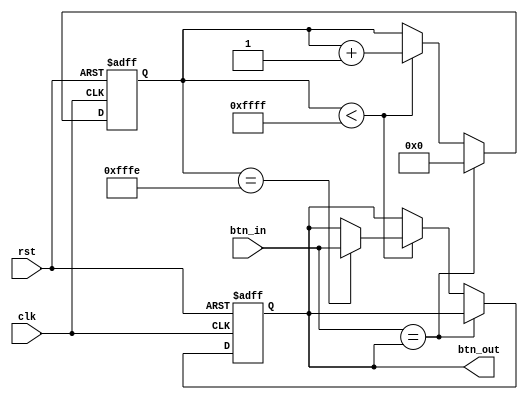
module debounce(
    input clk,        // Clock input
    input rst,        // Reset input
    input btn_in,     // Input button signal
    output reg btn_out // Debounced button signal output
);

reg [15:0] cnt;        // Counter used for implementing delay

always @(posedge clk or negedge rst) begin
    if (!rst) begin
        cnt <= 0;       // Reset counter
        btn_out <= 0;   // Reset output signal
    end else begin
        if (btn_in == btn_out) begin
            cnt <= 0;   // Reset counter if input matches output
        end else if (cnt < 16'hffff) begin
            cnt <= cnt + 1; // Start counting if input changes
            if (cnt == 16'hfffe) begin
                btn_out <= btn_in; // Confirm change after delay
            end
        end
    end
end

endmodule


module Segment_led
(
input [3:0] cnt_units,  //cnt_units input
input [3:0] cnt_tens,  //cnt_units input
output [8:0] led_1,  
output [8:0] led_2 
);

reg[8:0] mem1 [9:0]; 
reg[8:0] mem2 [9:0]; 
initial 
	begin
		mem1[0] = 9'h3f;   //  0
		mem1[1] = 9'h06;   //  1
		mem1[2] = 9'h5b;   //  2
		mem1[3] = 9'h4f;   //  3
		mem1[4] = 9'h66;   //  4
		mem1[5] = 9'h6d;   //  5
		mem1[6] = 9'h7d;   //  6
		mem1[7] = 9'h07;   //  7
		mem1[8] = 9'h7f;   //  8
		mem1[9] = 9'h6f;   //  9
	end
initial 
    begin
        mem2[0] = 9'hBF; // decimal point lights
        mem2[1] = 9'h86; 
        mem2[2] = 9'hDB; 
        mem2[3] = 9'hCF; 
        mem2[4] = 9'hE6; 
        mem2[5] = 9'hED; 
        mem2[6] = 9'hFD; 
        mem2[7] = 9'h87; 
        mem2[8] = 9'hFF; 
        mem2[9] = 9'hEF; 
end

assign led_1 = mem1[cnt_units];
assign led_2 = mem2[cnt_tens];

endmodule

module divide(
  input clk, // 12MHz main clock input
  output reg clkout // 10Hz clock output
);

reg [31:0] counter; // Counter for dividing the clock

always @(posedge clk) begin
  if (counter == 600000-1) begin // When the counter reaches 600000-1, output a clock pulse
    counter <= 0; // Reset the counter
    clkout <= ~clkout; // Toggle the clock signal
  end else begin
    counter <= counter + 1; // Increment the counter
  end
end

endmodule


module Stopwatch (clk, start_btn, stop_btn, inc_btn, rst, led1, led2);
 
    input clk, start_btn, stop_btn, inc_btn, rst;            
    output [8:0] led1;
    output [8:0] led2;

    // Edge detection variables
    reg inc_btn_prev = 0; // Previous state of the increment button
    reg [3:0] cnt_units;         // Define a 3-bit counter, output can be used as input to a 3-to-8 decoder
    reg [3:0] cnt_tens;         // Define a 3-bit counter, output can be used as input to a 3-to-8 decoder
    reg start_flag = 0;      // Start flag
    reg stop_flag = 0;       // Stop flag
    reg start_btn_prev = 0;  // Previous state of the start button for edge detection
    reg stop_btn_prev = 0;   // Previous state of the stop button for edge detection
    wire clk1h;               // Intermediate variable representing the divided clock used as trigger for the counter        
    wire inc_btn_debounced;   // Debounced increment button signal

    // Instantiate the decode38 module
    Segment_led u1 (
        .cnt_units(cnt_units),  // Input port connected to cnt, outputs connected to led  
        .led_1(led1),
        .led_2(led2),
        .cnt_tens(cnt_tens)
    );

    // Instantiate the divider module to generate a 1Hz clock signal
    divide u2 (
        .clk(clk),
        .clkout(clk1h)
    );

    // Instantiate the debounce module
    debounce db_inc_btn(
        .clk(clk),
        .rst(rst),
        .btn_in(inc_btn),
        .btn_out(inc_btn_debounced)
    );

    always @(posedge clk or negedge rst) begin
    if (!rst) begin
        // Reset condition: when the reset signal is active low
        start_flag <= 0;        // Set start_flag to 0
        stop_flag <= 0;         // Set stop_flag to 0
        start_btn_prev <= 0;    // Set previous state of start button to 0
        stop_btn_prev <= 0;     // Set previous state of stop button to 0
    end else begin
        start_btn_prev <= start_btn;  // Update previous state of start button
        stop_btn_prev <= stop_btn;    // Update previous state of stop button

        if (start_btn && !start_btn_prev) begin
            // Start button pressed and was not previously pressed
            // Enable the counter to start counting
            start_flag <= 1;    // Set start_flag to 1 to enable counting
            stop_flag <= 0;     // Set stop_flag to 0 to disable stopping
        end

        if (stop_btn && !stop_btn_prev) begin
            // Stop button pressed and was not previously pressed
            // Stop the counter from counting
            stop_flag <= 1;     // Set stop_flag to 1 to stop counting
        end
    end
end


    // Automatic counting logic based on clk1h
    always @(posedge clk1h or negedge rst) begin
    if (!rst) begin
        // Reset condition: when the reset signal is active low
        cnt_units <= 0;             // Set units counter to 0
        cnt_tens <= 0;              // Set tens counter to 0
        inc_btn_prev <= 0;          // Set previous state of increment button to 0
    end else begin
        inc_btn_prev <= inc_btn_debounced;   // Update previous state of increment button

        if (start_flag && !stop_flag) begin
            // Count based on 1Hz clock when start flag is 1 and stop flag is 0
            if (cnt_units >= 9) begin
                // Increment tens counter when units counter reaches 9
                cnt_units <= 0;
                
                if (cnt_tens >= 9) 
                    cnt_tens <= 0;      // Reset tens counter when it reaches 9
                else 
                    cnt_tens <= cnt_tens + 1;   // Increment tens counter by 1
            end else 
                cnt_units <= cnt_units + 1;     // Increment units counter by 1
        end

        if (inc_btn_debounced && !inc_btn_prev && cnt_tens >= 1) begin
            // Increment counters when increment button is pressed and tens counter is greater than or equal to 1
            if (cnt_units >= 9) begin
                // Increment tens counter when units counter reaches 9
                cnt_units <= 0;
                
                if (cnt_tens >= 9) 
                    cnt_tens <= 0;      // Reset tens counter when it reaches 9
                else 
                    cnt_tens <= cnt_tens + 1;   // Increment tens counter by 1
            end else 
                cnt_units <= cnt_units + 1;     // Increment units counter by 1
        end
    end
end


endmodule